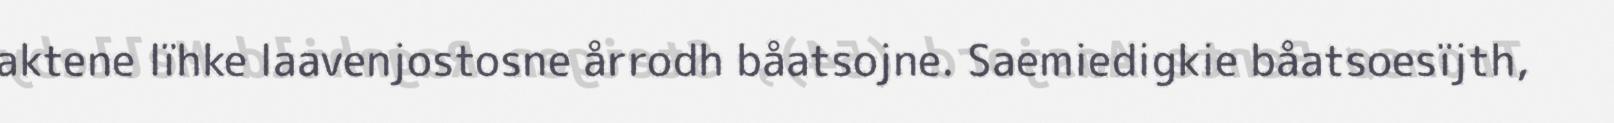
aktene lïhke laavenjostosne årrodh båatsojne. Saemiedigkie båatsoesïjth,